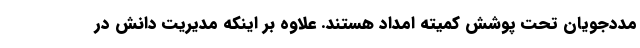
مددجویان تحت پوشش کمیته امداد هستند. علاوه بر اینکه مدیریت دانش در